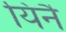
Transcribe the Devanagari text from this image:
यिनै